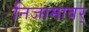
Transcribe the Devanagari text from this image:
निजामावर्